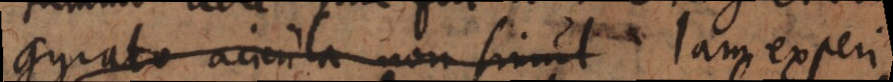
gyrato acicula non simul Jam experi-